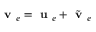
\textbf { v } _ { e } = \textbf { u } _ { e } + \tilde { \textbf { v } } _ { e }